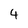
Character: 4